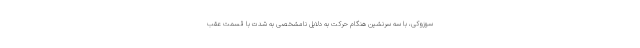
سوزوکی، با سه سرنشین هنگام حرکت به دلایل نامشخصی به شدت با قسمت عقب